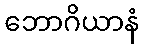
ဘောဂိယာနံ